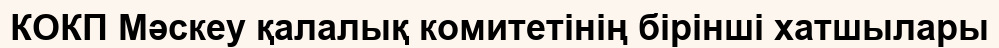
КОКП Мәскеу қалалық комитетінің бірінші хатшылары